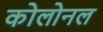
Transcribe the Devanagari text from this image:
कोलोनल